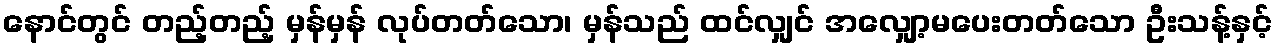
နောင်တွင် တည့်တည့် မှန်မှန် လုပ်တတ်သော၊ မှန်သည် ထင်လျှင် အလျှော့မပေးတတ်သော ဦးသန့်နှင့်